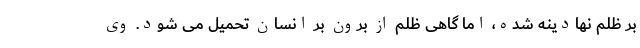
بر ظلم نهادینه شده، اما گاهی ظلم از بُرون بر انسان تحمیل می شود. وی